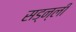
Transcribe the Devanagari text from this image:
सड्न्ली